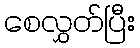
စေလွှတ်ပြီး